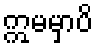
ဣမမှာပိ